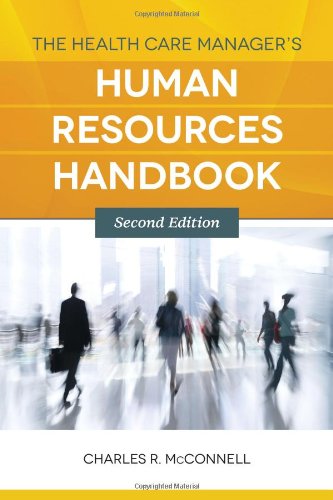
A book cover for The Health Care Manager's Human Resources Handbook; Charles R. McConnell; Medical Books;